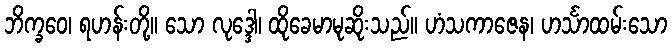
ဘိက္ခဝေ၊ ရဟန်းတို့။ သော လုဒ္ဒေါ၊ ထိုခေမာမုဆိုးသည်။ ဟံသကာဇေန၊ ဟင်္သာထမ်းသော